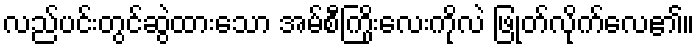
လည်ပင်းတွင်ဆွဲထားသော အမ်စီကြိုးလေးကိုလဲ ဖြုတ်လိုက်လေ၏။